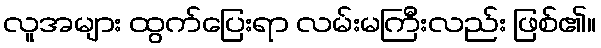
လူအများ ထွက်ပြေးရာ လမ်းမကြီးလည်း ဖြစ်၏။